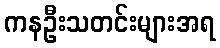
ကနဦးသတင်းများအရ